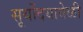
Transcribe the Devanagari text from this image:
सूर्योदयावेळी